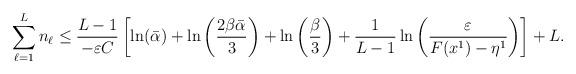
LaTeX: \begin{align*}\sum_{\ell=1}^L n_\ell \le \frac{L-1}{-\varepsilon C}\left[\ln(\bar{\alpha})+\ln\left(\frac{2\beta\bar{\alpha}}{3}\right)+ \ln\left(\frac{\beta}{3}\right)+ \frac{1}{L-1}\ln\left( \frac{\varepsilon}{F(x^{1}) - \eta^1}\right)\right] + L.\end{align*}